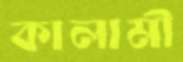
কালামী